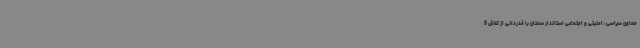
معاون سیاسی‌، امنیتی و اجتماعی استاندار سمنان با قدردانی از تلاش 6